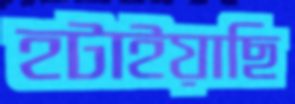
হটাইয়াছি